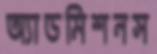
অ্যাডমিশনস